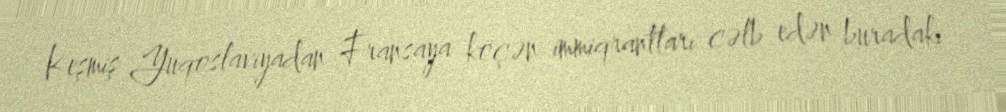
Keşmiş Yuqoslaviyadan Fransaya köçən immiqrantları cəlb edən buradakı